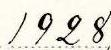
1928